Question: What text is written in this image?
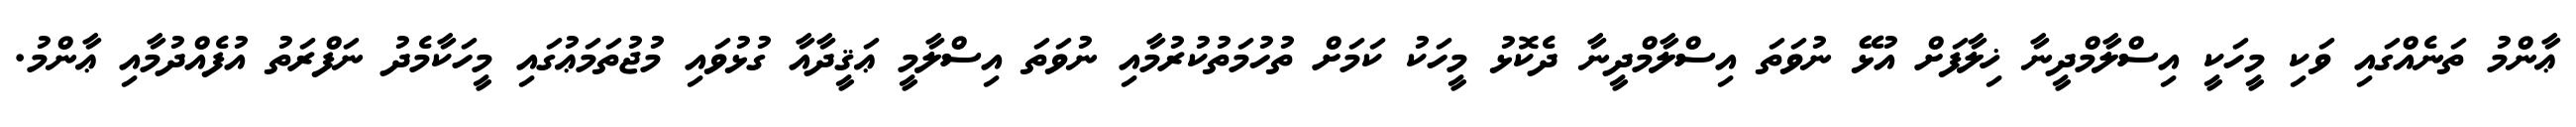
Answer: ޢާންމު ތަނެއްގައި ވަކި މީހަކީ އިސްލާމްދީނާ ޚިލާފަށް އުޅޭ ނުވަތަ އިސްލާމްދީނާ ދެކޮޅު މީހަކު ކަމަށް ތުހުމަތުކުރުމާއި ނުވަތަ އިސްލާމީ ޢަޤީދާއާ ގުޅުވައި މުޖުތަމަޢުގައި މީހަކާމެދު ނަފްރަތު އުފެއްދުމާއި ޢާންމު.